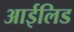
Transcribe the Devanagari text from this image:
आईलिड